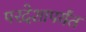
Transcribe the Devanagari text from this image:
परदेशापर्यंत